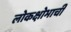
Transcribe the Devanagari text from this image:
लोकक्षोभाची